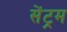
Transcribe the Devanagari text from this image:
सेंट्रम